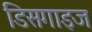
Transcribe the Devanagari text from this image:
डिसगाइज